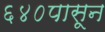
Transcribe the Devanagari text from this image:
६४०पासून